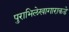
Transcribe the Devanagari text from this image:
पुराभिलेखागाराकडे